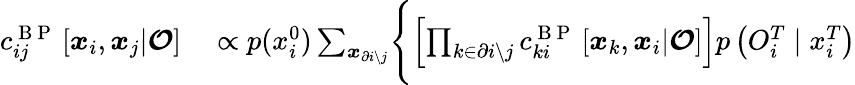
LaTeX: \begin{array}{rl}{c_{ij}^{\mathrm{~B~P~}}\left[\boldsymbol{x}_{i},\boldsymbol{x}_{j}|\boldsymbol{\mathcal{O}}\right]}&{{}\propto p(x_{i}^{0})\sum_{\boldsymbol{x}_{\partial i\setminus j}}\Biggl\{ \left[\prod_{k\in\partial i\setminus j}c_{ki}^{\mathrm{~B~P~}}\left[\boldsymbol{x}_{k},\boldsymbol{x}_{i}|\boldsymbol{\mathcal{O}}\right]\right]p\left({O}_{i}^{T}\mid x_{i}^{T}\right)}\end{array}